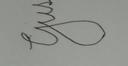
Signature authenticity: forged